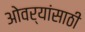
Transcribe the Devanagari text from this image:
ओवर्‍यांसाठी